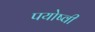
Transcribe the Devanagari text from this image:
पयोष्वी